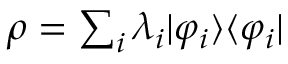
\rho = \textstyle \sum _ { i } \lambda _ { i } | \varphi _ { i } \rangle \langle \varphi _ { i } |